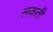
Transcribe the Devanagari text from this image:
लकती